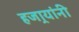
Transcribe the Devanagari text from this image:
हजार्‍यांनी